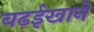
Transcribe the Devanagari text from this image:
बढ़ईखाने